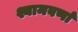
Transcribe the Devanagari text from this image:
श्यामवर्णां